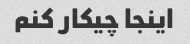
اینجا چیکار کنم